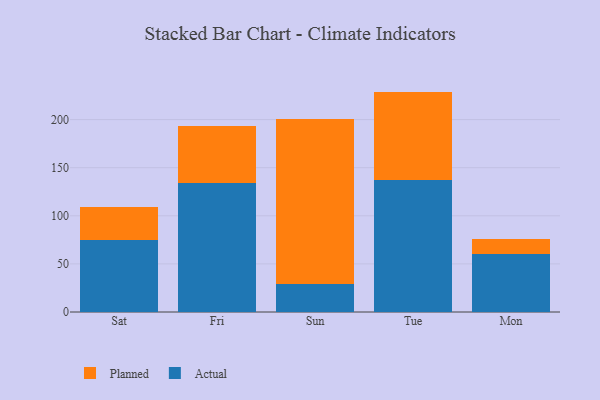
{"axis": {"x": "Day", "y": "Shipments"}, "legend": ["Actual", "Planned"], "data": [{"x": "Sat", "y": 75.2, "type": "Actual"}, {"x": "Sat", "y": 34.1, "type": "Planned"}, {"x": "Fri", "y": 134.2, "type": "Actual"}, {"x": "Fri", "y": 59.4, "type": "Planned"}, {"x": "Sun", "y": 29.1, "type": "Actual"}, {"x": "Sun", "y": 171.8, "type": "Planned"}, {"x": "Tue", "y": 136.8, "type": "Actual"}, {"x": "Tue", "y": 92.3, "type": "Planned"}, {"x": "Mon", "y": 60.3, "type": "Actual"}, {"x": "Mon", "y": 15.7, "type": "Planned"}]}